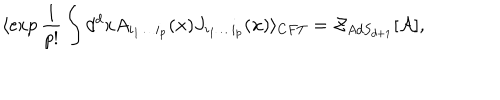
\langle \exp { \frac { 1 } { p ! } } \int d ^ { d } x A _ { i _ { 1 } \ldots i _ { p } } ( { \bf x } ) J _ { i _ { 1 } \ldots i _ { p } } ( { \bf x } ) \rangle _ { C F T } = { \cal Z } _ { A d S _ { d + 1 } } [ { \cal A } ] ,